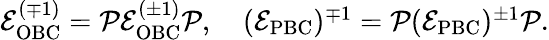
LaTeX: \begin{array}{r}{\mathcal{E}_{\mathrm{OBC}}^{(\mp 1)}=\mathcal{P}\mathcal{E}_{\mathrm{OBC}}^{(\pm 1)}\mathcal{P},\quad(\mathcal{E}_{\mathrm{PBC}})^{\mp 1}=\mathcal{P}(\mathcal{E}_{\mathrm{PBC}})^{\pm 1}\mathcal{P}.}\end{array}